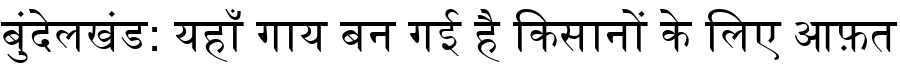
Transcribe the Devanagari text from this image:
बुंदेलखंड: यहाँ गाय बन गई है किसानों के लिए आफ़त